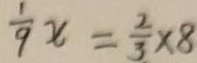
\frac { 1 } { 9 } x = \frac { 2 } { 3 } \times 8